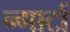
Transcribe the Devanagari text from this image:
न्गार्टा